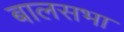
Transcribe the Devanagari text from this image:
बालसभा